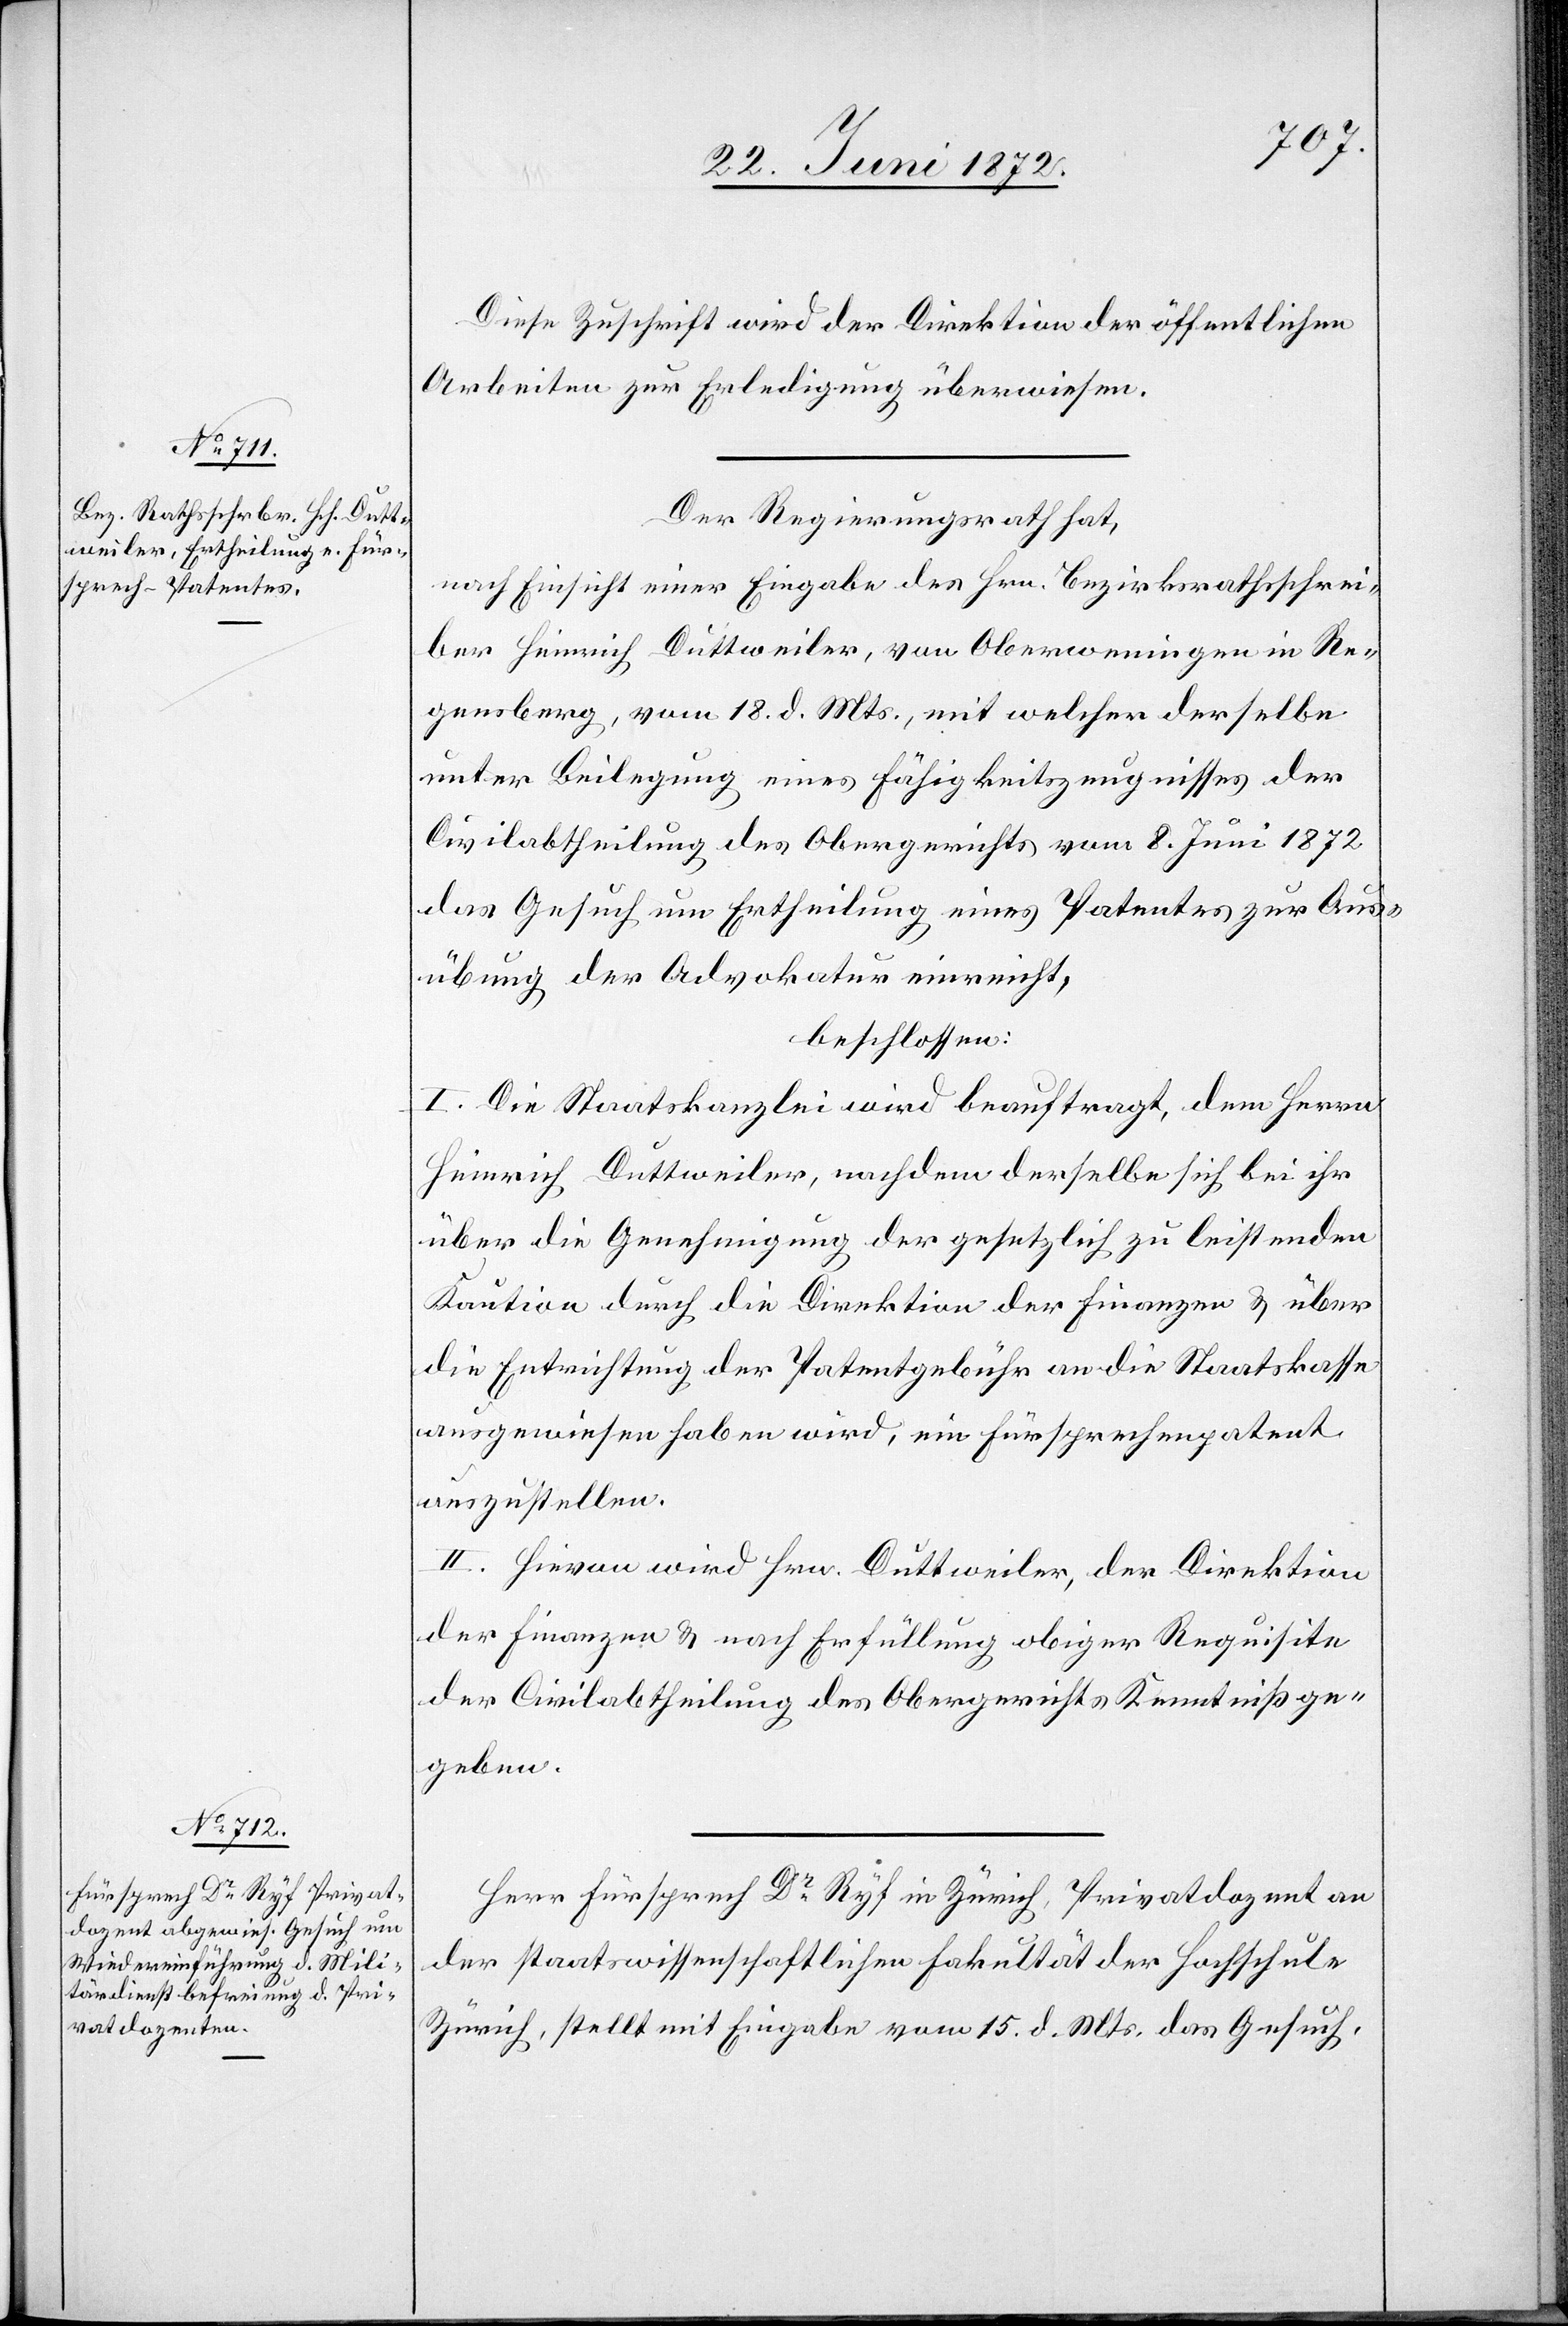
Diese Zuschrift wird der Direktion der öffentlichen
Arbeiten zur Erledigung überwiesen.
Der Regierungsrath hat,
nach Einsicht einer Eingabe des Hrn. Bezirksrathsschrei¬
ber Heinrich Duttweiler, von Oberweningen in Re¬
gensberg, vom 18. d. Mts., mit welcher derselbe
unter Beilegung eines Fähigkeitszeugnisses der
Civilabtheilung des Obergerichtes vom 8. Juni 1872
das Gesuch um Ertheilung eines Patentes zur Aus¬
übung der Advokatur einreicht,
beschlossen:
I. Die Staatskanzlei wird beauftragt, dem Herrn
Heinrich Duttweiler, nachdem derselbe sich bei ihr
über die Genehmigung der gesetzlich zu leistenden
Kaution durch die Direktion der Finanzen u. über
die Entrichtung der Patentgebühr an die Staatskasse
ausgewiesen haben wird, ein Fürsprechenpatent
auszustellen.
II. Hievon wird Hrn. Duttweiler, der Direktion
der Finanzen u. nach Erfüllung obiger Requisite
der Civilabtheilung des Obergerichts Kenntniß ge¬
geben.
Herr Fürsprech Dr Ryf in Zürich, Privatdozent an
der staatswissenschaftlichen Fakultät der Hochschule
Zürich, stellt mit Eingabe vom 15. d. Mts. das Gesuch,